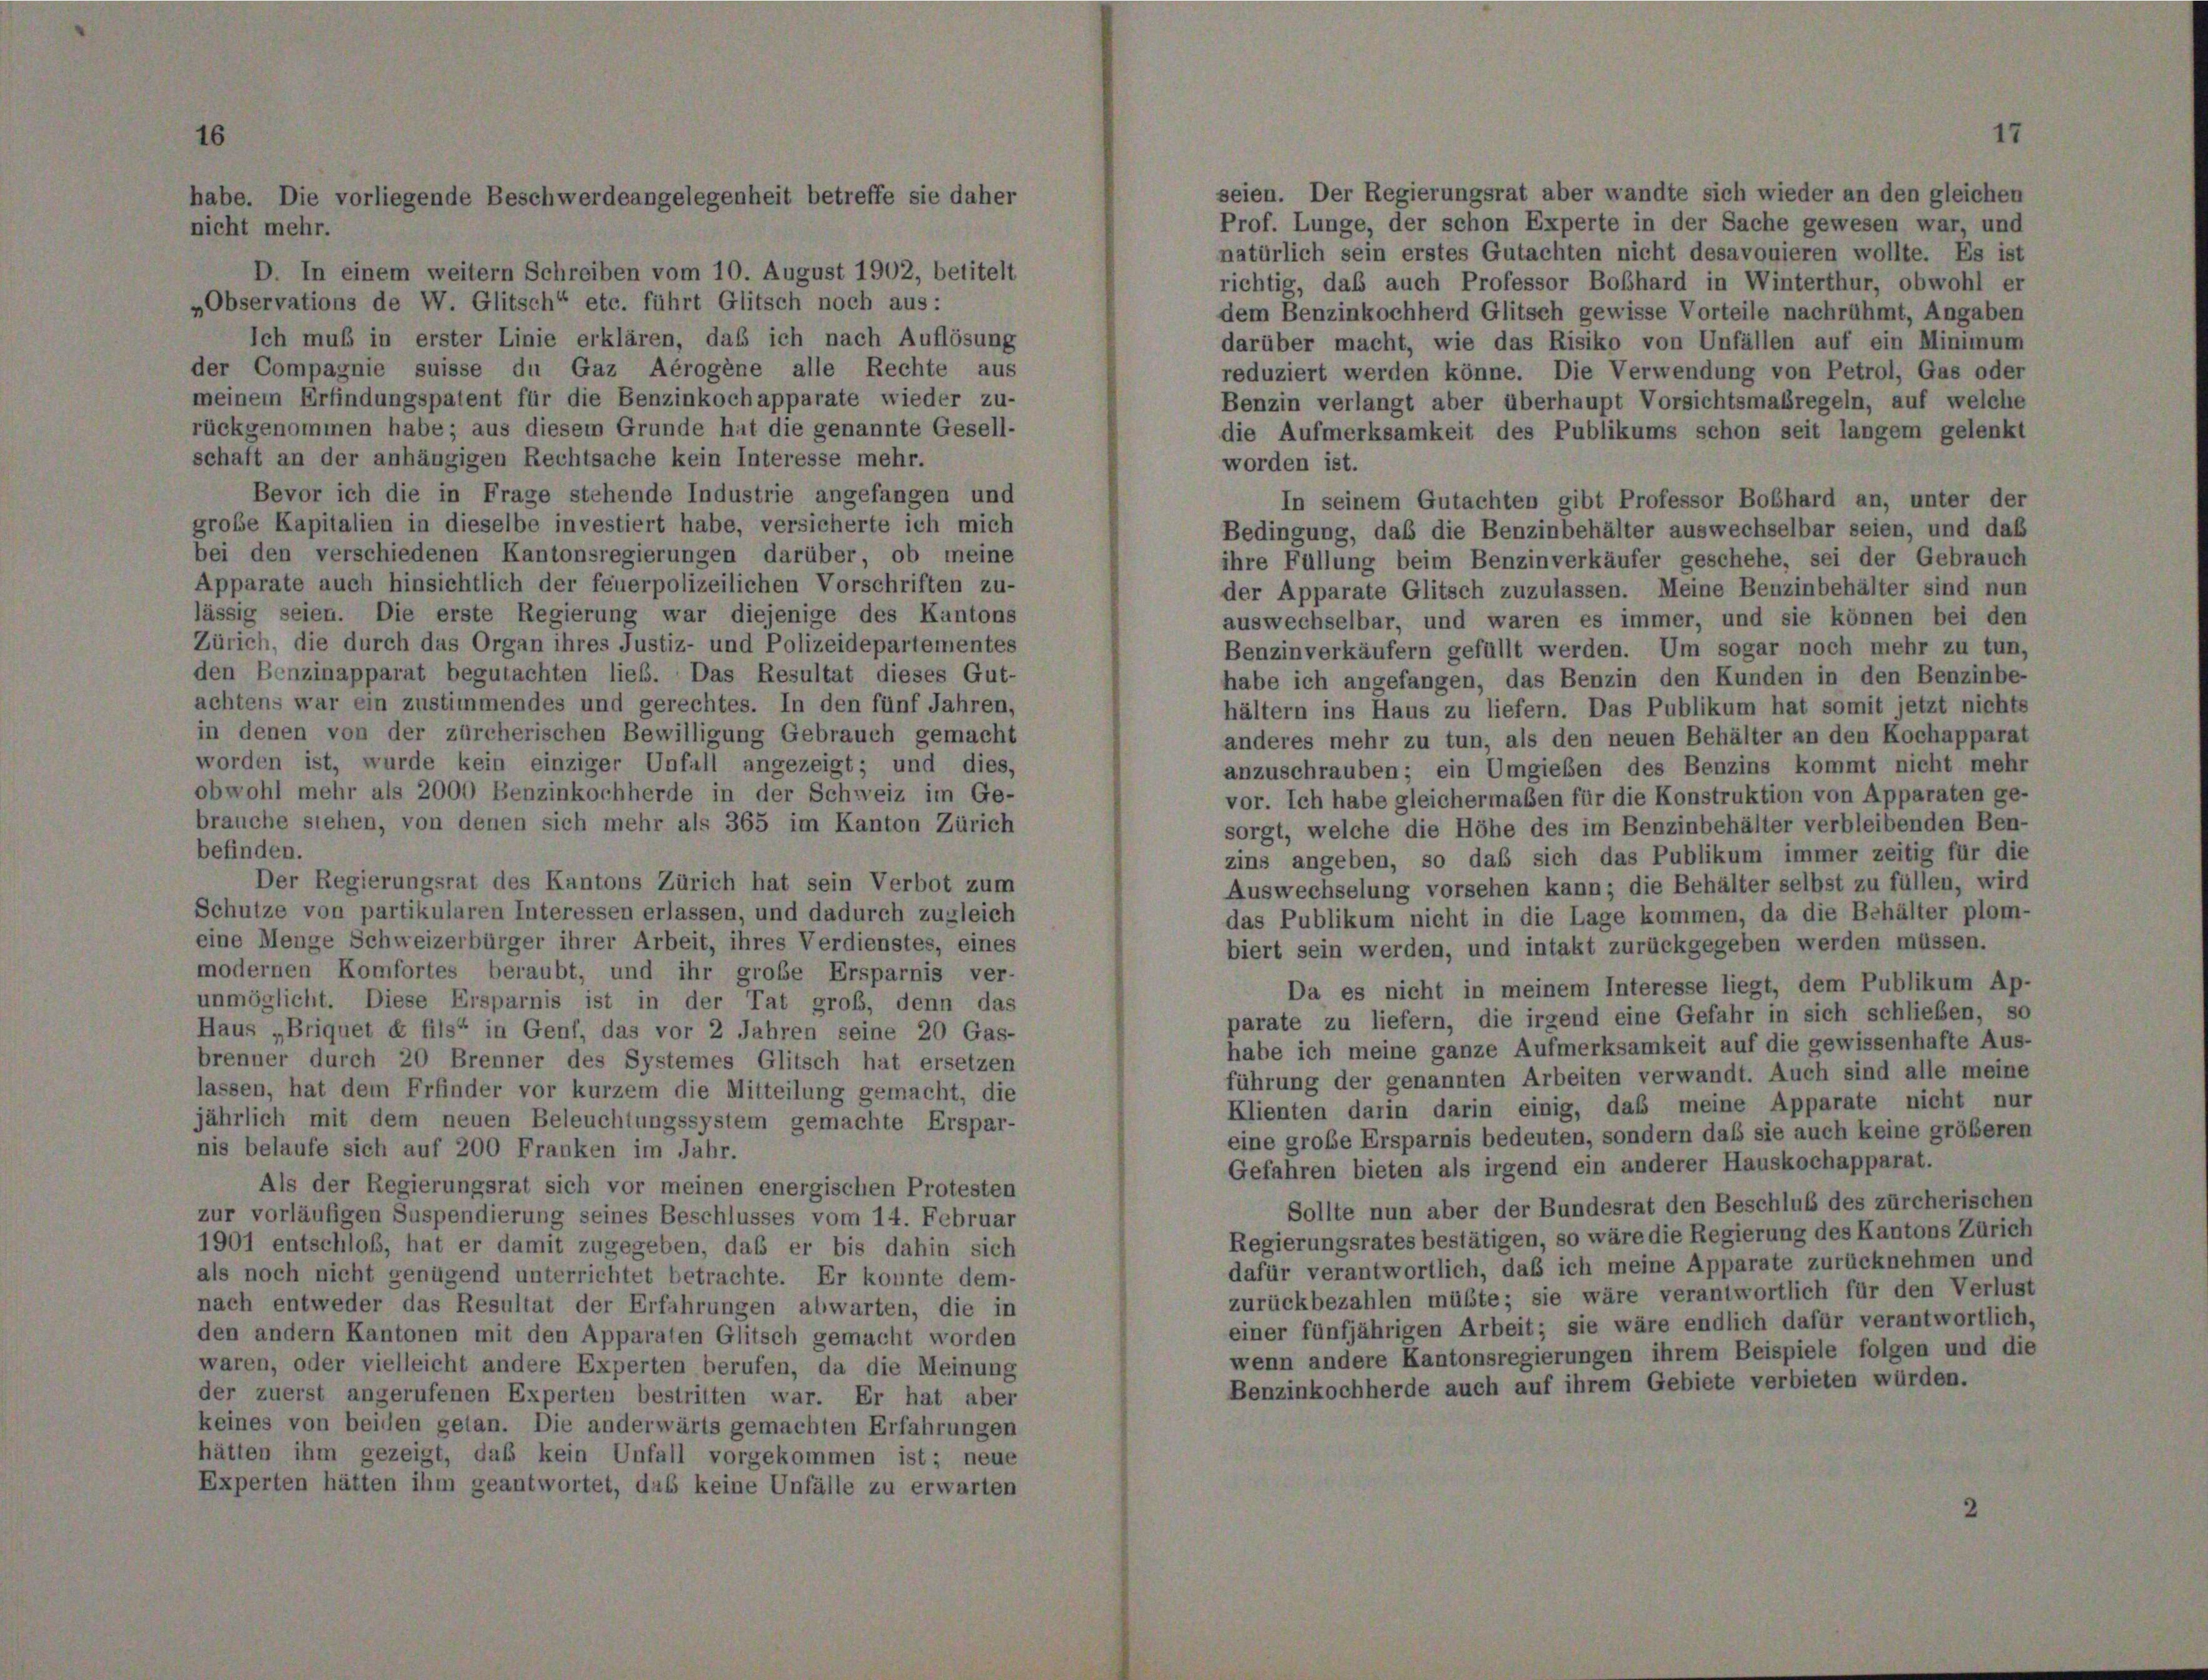
habe. Die vorliegende Beschwerdeangelegenheit betreffe sie daher
nicht mehr.

seien. Der Regierungsrat aber wandte sich wieder an den gleichen
Prof. Lunge, der schon Experte in der Sache gewesen war, und
natürlich sein erstes Gutachten nicht desavouieren wollte. Es ist
richtig, daß auch Professor Boßhard in Winterthur, obwohl er
Observations de W. Glitsch“ etc. führt Glitsch noch aus:
dem Benzinkochherd Glitsch gewisse Vorteile nachrühmt, Angaben
Ich muß in erster Linie erklären, das ich nach Auflösung
darüber macht, wie das Risiko von Unfällen auf ein Minimum
er Compagnie suisse du Gaz Aérogene alle Rechte aus
reduziert werden könne. Die Verwendung von Petrol, Gas oder
neinem Erfindungspatent für die Benzinkochapparate wieder zu-
Benzin verlangt aber überhaupt Vorsichtsmaßregeln, auf welche
ückgenommen habe; aus diesem Grunde hat die genannte Gesell-
die Aufmerksamkeit des Publikums schon seit langem gelenkt
chaft an der anhängigen Rechtsache kein Interesse mehr.
worden ist.
Bevor ich die in Frage stehende Industrie angefangen und
In seinem Gutachten gibt Professor Boßhard an, unter der
große Kapitalien in dieselbe investiert habe, versicherte ich mich
Bedingung, daß die Benzinbehälter auswechselbar seien, und daß
ei den verschiedenen Kantonsregierungen darüber ob meine
ihre Füllung beim Benzinverkäufer geschehe, sei der Gebrauch
Apparate auch hinsichtlich der feuerpolizeilichen Vorschriften zu-
der Apparate Glitsch zuzulassen. Meine Benzinbehälter sind nun
ässig seien. Die erste Regierung war diejenige des Kantons
auswechselbar, und waren es immer, und sie können bei den
Zürich, die durch das Organ ihres Justiz- und Polizeidepartementes
Benzinverkäufern gefüllt werden. Um sogar noch mehr zu tun,
en Benzinapparat begutachten ließ. Das Resultat dieses Gut-
habe ich angefangen, das Benzin den Kunden in den Benzinbe-
chtens war ein zustimmendes und gerechtes. In den fünf Jahren,
hältern ins Haus zu liefern. Das Publikum hat somit jetzt nichts
n denen von der zürcherischen Bewilligung Gebrauch gemacht
anderes mehr zu tun, als den neuen Behälter an den Kochapparat
vorden ist, wurde kein einziger Unfall angezeigt; und dies,
anzuschrauben; ein Umgieben des Benzins kommt nicht mehr
obwohl mehr als 2000 Benzinkochherde in der Schweiz im Ge-
vor. Ich habe gleichermaßen für die Konstruktion von Apparaten ge-
rauche stehen, von denen sich mehr als 365 im Kanton Zürich
sorgt, welche die Höhe des im Benzinbehälter verbleibenden Ben-
befinden.
zins angeben, so daß sich das Publikum immer zeitig für die
Der Regierungsrat des Kantons Zürich hat sein Verbot zum
Auswechselung vorsehen kann; die Behälter selbst zu füllen, wird
chutze von partikularen Interessen erlassen, und dadurch zugleich
das Publikum nicht in die Lage kommen, da die Behälter plom-
eine Menge Schweizerbürger ihrer Arbeit, ihres Verdienstes, eines
biert sein werden, und intakt zurückgegeben werden müssen.
nodernen Komfortes beraubt, und ihr große Ersparnis ver-
Da es nicht in meinem Interesse liegt, dem Publikum Ap-
unmöglicht. Diese Ersparnis ist in der Tat groß, denn das
parate zu liefern, die irgend eine Gefahr in sich schließen, so
Haus „Briquet et fils“ in Genf, das vor 2 Jahren seine 20 Gas-
habe ich meine ganze Aufmerksamkeit auf die gewissenhafte Aus-
brenner durch 20 Brenner des Systemes Glitsch hat ersetzen
führung der genannten Arbeiten verwandt. Auch sind alle meine
lassen, hat dem Erfinder vor kurzem die Mitteilung gemacht, die
Klienten darin darin einig, daß meine Apparate nicht nur
jährlich mit dem neuen Beleuchtungssystem gemachte Erspar-
eine grobe Ersparnis bedeuten, sondern daß sie auch keine größeren
ais belaufe sich auf 200 Franken im Jahr.
Gefahren bieten als irgend ein anderer Hauskochapparat.
Als der Regierungsrat sich vor meinen energischen Protesten
Sollte nun aber der Bundesrat den Beschluß des zürcherischen
ur vorläufigen Suspendierung seines Beschlusses vom 14. Februar
Regierungsrates bestätigen, so wäre die Regierung des Kantons Zürich
901 entschloß, hat er damit zugegeben, das er bis dahin sich
dafür verantwortlich, daß ich meine Apparate zurücknehmen und
ils noch nicht genügend unterrichtet betrachte. Er konnte dem-
zurückbezahlen müßte; sie wäre verantwortlich für den Verlust
nach entweder das Resultat der Erfahrungen abwarten, die in
einer fünfjährigen Arbeit; sie wäre endlich dafür verantwortlich,
den andern Kantonen mit den Apparaten Glitsch gemacht worden
wenn andere Kantonsregierungen ihrem Beispiele folgen und die
waren, oder vielleicht andere Experten berufen, da die Meinung
Benzinkochherde auch auf ihrem Gebiete verbieten würden.
der zuerst angerufenen Experten bestritten war. Er hat aber
eines von beiden getan. Die anderwärts gemachten Erfahrungen
ätten ihm gezeigt, daß kein Unfall vorgekommen ist; neue
Experten hätten ihm geantwortet, das keine Unfälle zu erwarten

D. In einem weitern Schreiben vom 10. August 1902, betitelt